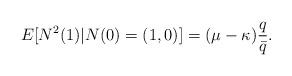
LaTeX: \begin{align*} E[N^2(1)|N(0)=(1,0)]=(\mu-\kappa)\frac{q}{\bar{q}}. \end{align*}